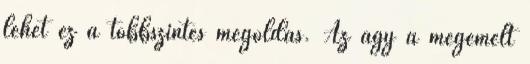
lehet ez a többszintes megoldás. Az ágy a megemelt